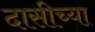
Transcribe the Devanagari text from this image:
दासीच्या